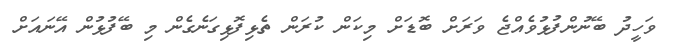
ވަހީދު ބޭނުންފުޅުވެއްޖެ ވަރަށް ބޮޑަށް މިކަން ކުރަން ތެޅިފޮޅިގަނެގެން މި ބޭފުޅުން އޭނައަށް